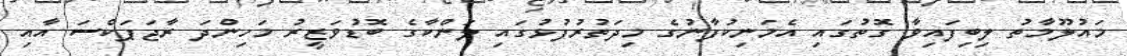
މައުލޫމާތު ލިބިފައިވާ ގޮތުގައި އެމަނިކުފާނުގެ މިދަތުރުފުޅުގައި ލަންކާގެ ބޮޑުވަޒީރު މަހިންދަ ރާޖަޕަކްސަ އާއި